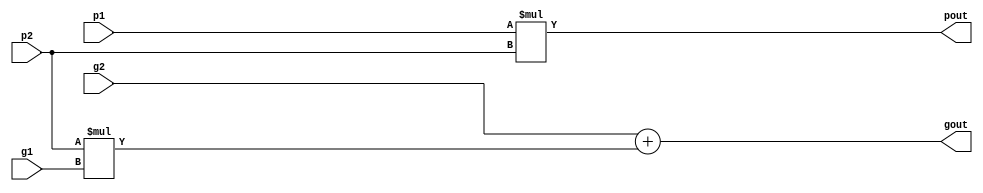
module pg(
    input g1,g2,p1,p2,
    output gout,pout
);
assign gout = g2 + p2 * g1;
assign pout = p1 *p2;
endmodule